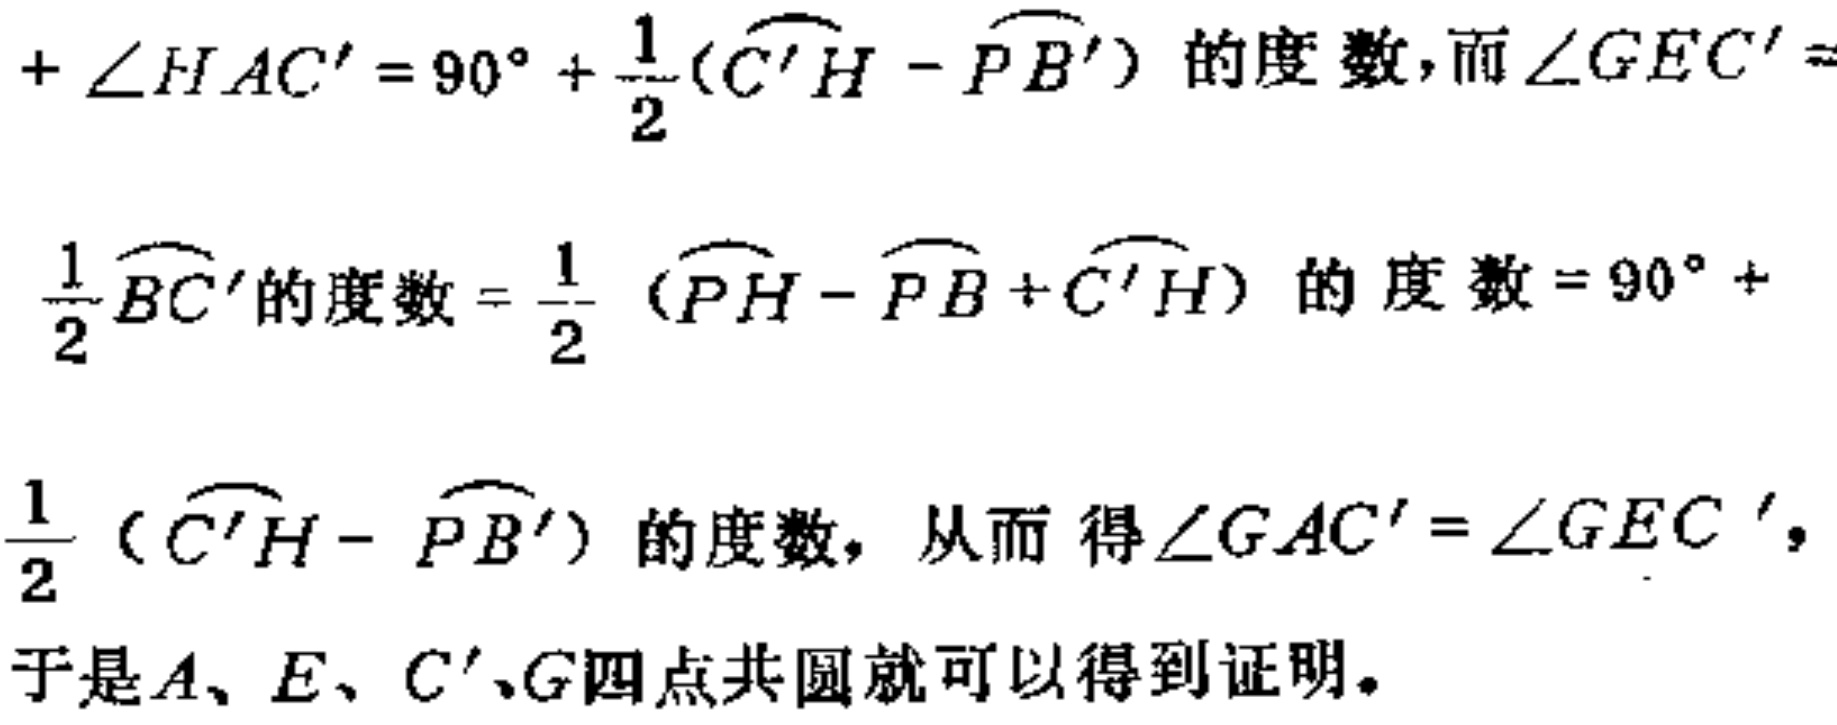
\[

\begin{align*}

&+\angle HAC' = 90^{\circ}+\frac{1}{2}(\overset{\frown}{C'H}-\overset{\frown}{PB'})\text{ 的度数，而 }\angle GEC' =\\

&\frac{1}{2}\overset{\frown}{BC'}\text{ 的度数}=\frac{1}{2}(\overset{\frown}{PH}-\overset{\frown}{PB}+\overset{\frown}{C'H})\text{ 的度数}=90^{\circ}+\\

&\frac{1}{2}(\overset{\frown}{C'H}-\overset{\frown}{PB'})\text{ 的度数，从而 得 }\angle GAC'=\angle GEC'，\\

&\text{于是}A、E、C'、G\text{四点共圆就可以得到证明。}

\end{align*}

\]